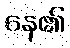
နေ၏